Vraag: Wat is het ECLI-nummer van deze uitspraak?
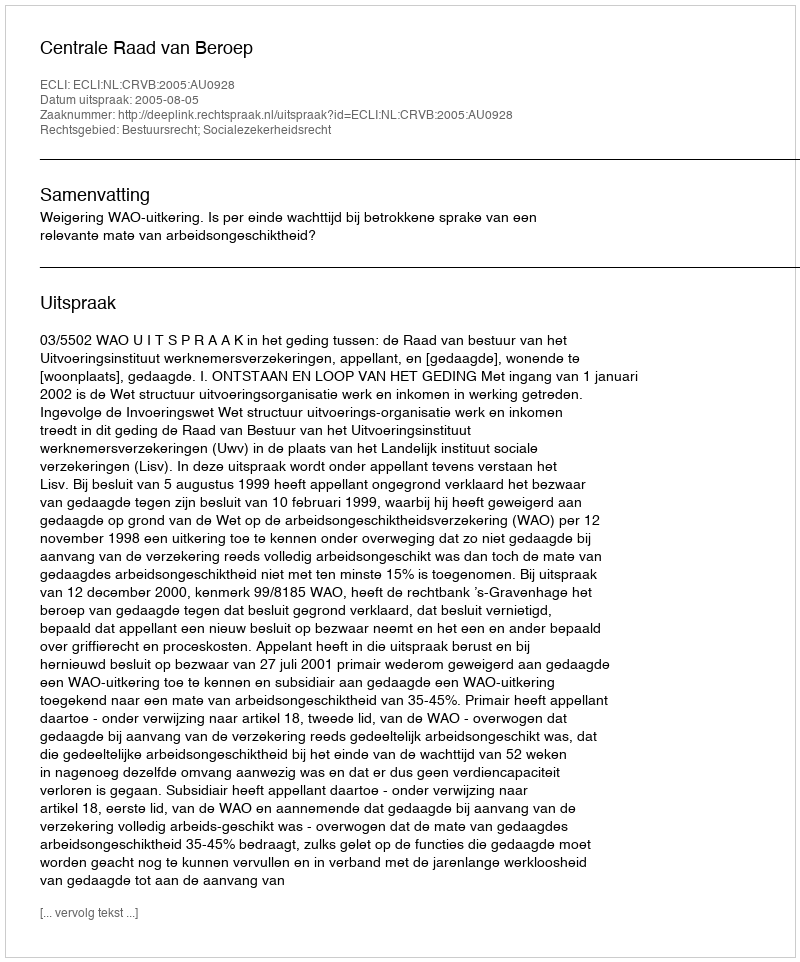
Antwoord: ECLI:NL:CRVB:2005:AU0928